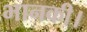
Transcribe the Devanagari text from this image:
भानकी।